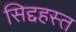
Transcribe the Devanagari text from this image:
सिद्दहस्त